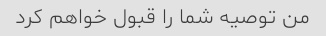
من توصیه شما را قبول خواهم کرد